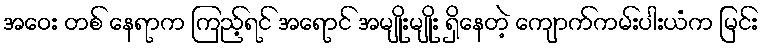
အဝေး တစ် နေရာက ကြည့်ရင် အရောင် အမျိုးမျိုး ရှိနေတဲ့ ကျောက်ကမ်းပါးယံက မြင်း